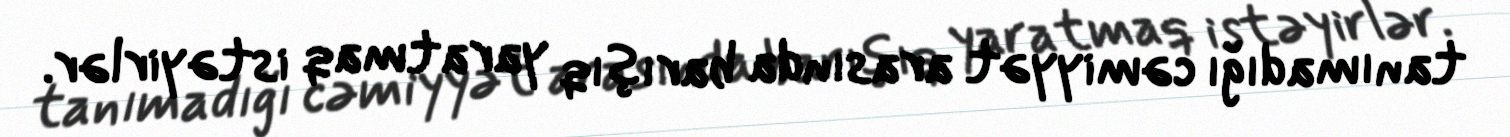
tanımadığı cəmiyyət arasında barışıq yaratmaq istəyirlər.